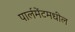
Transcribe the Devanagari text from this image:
पार्लमेंटमधील